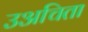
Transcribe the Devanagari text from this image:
उअचिता